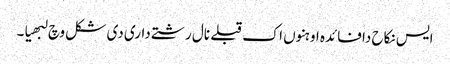
ایس نکاح دا فائدہ اوہنوں اک قبلے نال رشتے داری دی شکل وچ لبھیا۔